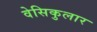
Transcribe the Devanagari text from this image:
वेसिकुलार